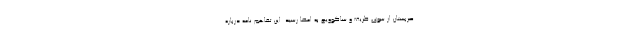
صربستان از سوی ظریف و ساکوویچ به امضا رسید. این تفاهم نامه درباره